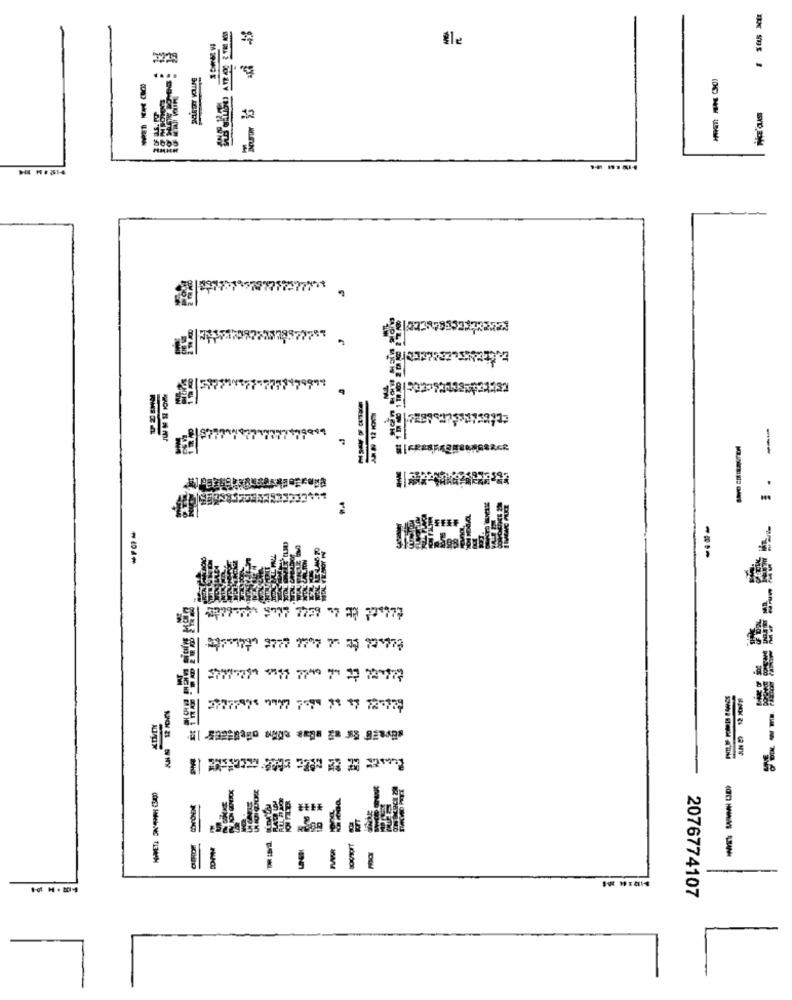
Éle
BITCA ACUDE
-
. E
----
2076774107